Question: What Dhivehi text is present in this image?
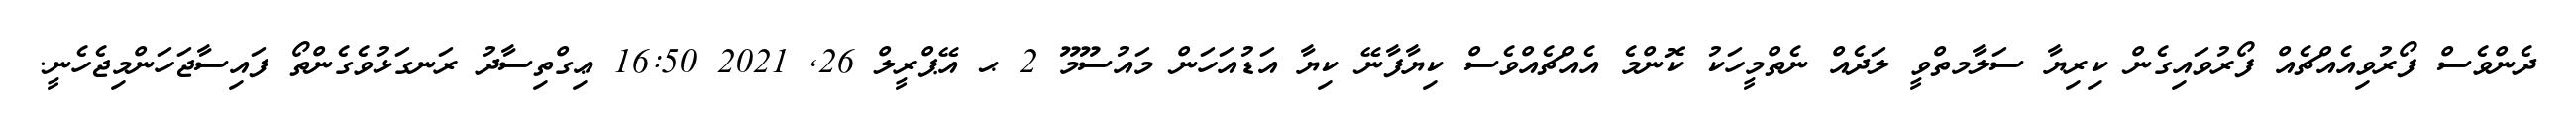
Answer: ދެންވެސް ފޯރުވިއެއްޗެއް ފޯރުވައިގެން ކިރިޔާ ސަލާމތްވީ ލަދެއް ނެތްމީހަކު ކޮންމެ އެއްޗެއްވެސް ކިޔާފާނޭ ކިޔާ އަޑުއަހަން މައުސޫމޫ 2 ޙ އޭޕްރީލް 26, 2021 16:50 ޢިގްތިސާދު ރަނގަޅުވެގެންތޯ ފައިސާޖަހަންމިޖެހެނީ.